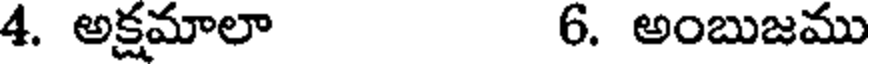
4. అక్షమాలా 6. అంబుజము